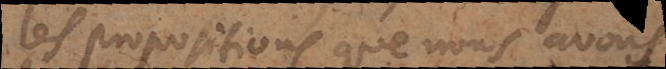
les propositions que nous avons